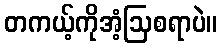
တကယ့်ကိုအံ့ဩစရာပဲ။